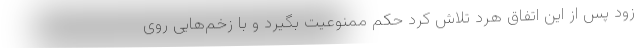
زود پس از این اتفاق هرد تلاش کرد حکم ممنوعیت بگیرد و با زخم‌هایی روی